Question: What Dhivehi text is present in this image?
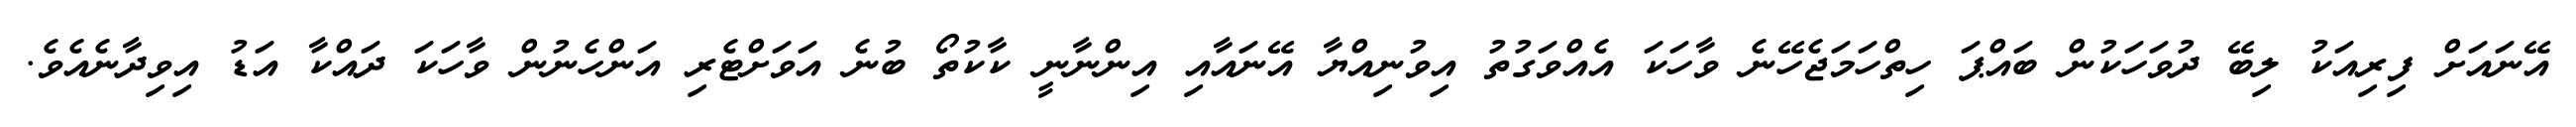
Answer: އޭނައަށް ފިރިއަކު ލިބޭ ދުވަހަކުން ބައްޕަ ހިތްހަމަޖެހޭނެ ވާހަކަ އެއްވަގުތު އިވުނިއްޔާ އޭނައާއި އިންނާނީ ކާކުތޯ ބުނެ އަވަށްޓެރި އަންހެނުން ވާހަކަ ދައްކާ އަޑު އިވިދާނެއެވެ.